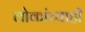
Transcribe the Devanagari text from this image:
लोकांच्याही